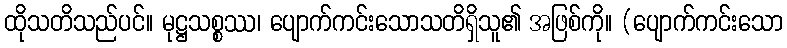
ထိုသတိသည်ပင်။ မုဋ္ဌသစ္စဿ၊ ပျောက်ကင်းသောသတိရှိသူ၏ အဖြစ်ကို။ (ပျောက်ကင်းသော